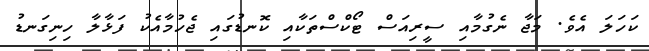
ކަހަލަ އެވެ. މަޖާ ނެގުމާއި ސީރިއަސް ޓޯކްސްތަކާއި ކޮނޑުގައި ޖެހުމާއެކު ފަޅާލާ ހިނިގަނޑު